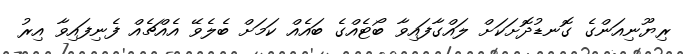
ރިޔޫނިއަންގެ ގޮނޑުދޮށަކަށް ލައްގާފައިވާ ބޯޓެއްގެ ބައެއް ކަމަށް ބެލެވޭ އެއްޗެއް ފެނިފައިވާ އިރު